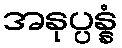
အနုပ္ပန္နံ